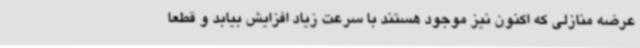
عرضه منازلی که اکنون نیز موجود هستند با سرعت زیاد افزایش بیابد و قطعاً